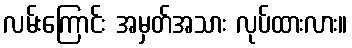
လမ်းကြောင်း အမှတ်အသား လုပ်ထားလား။